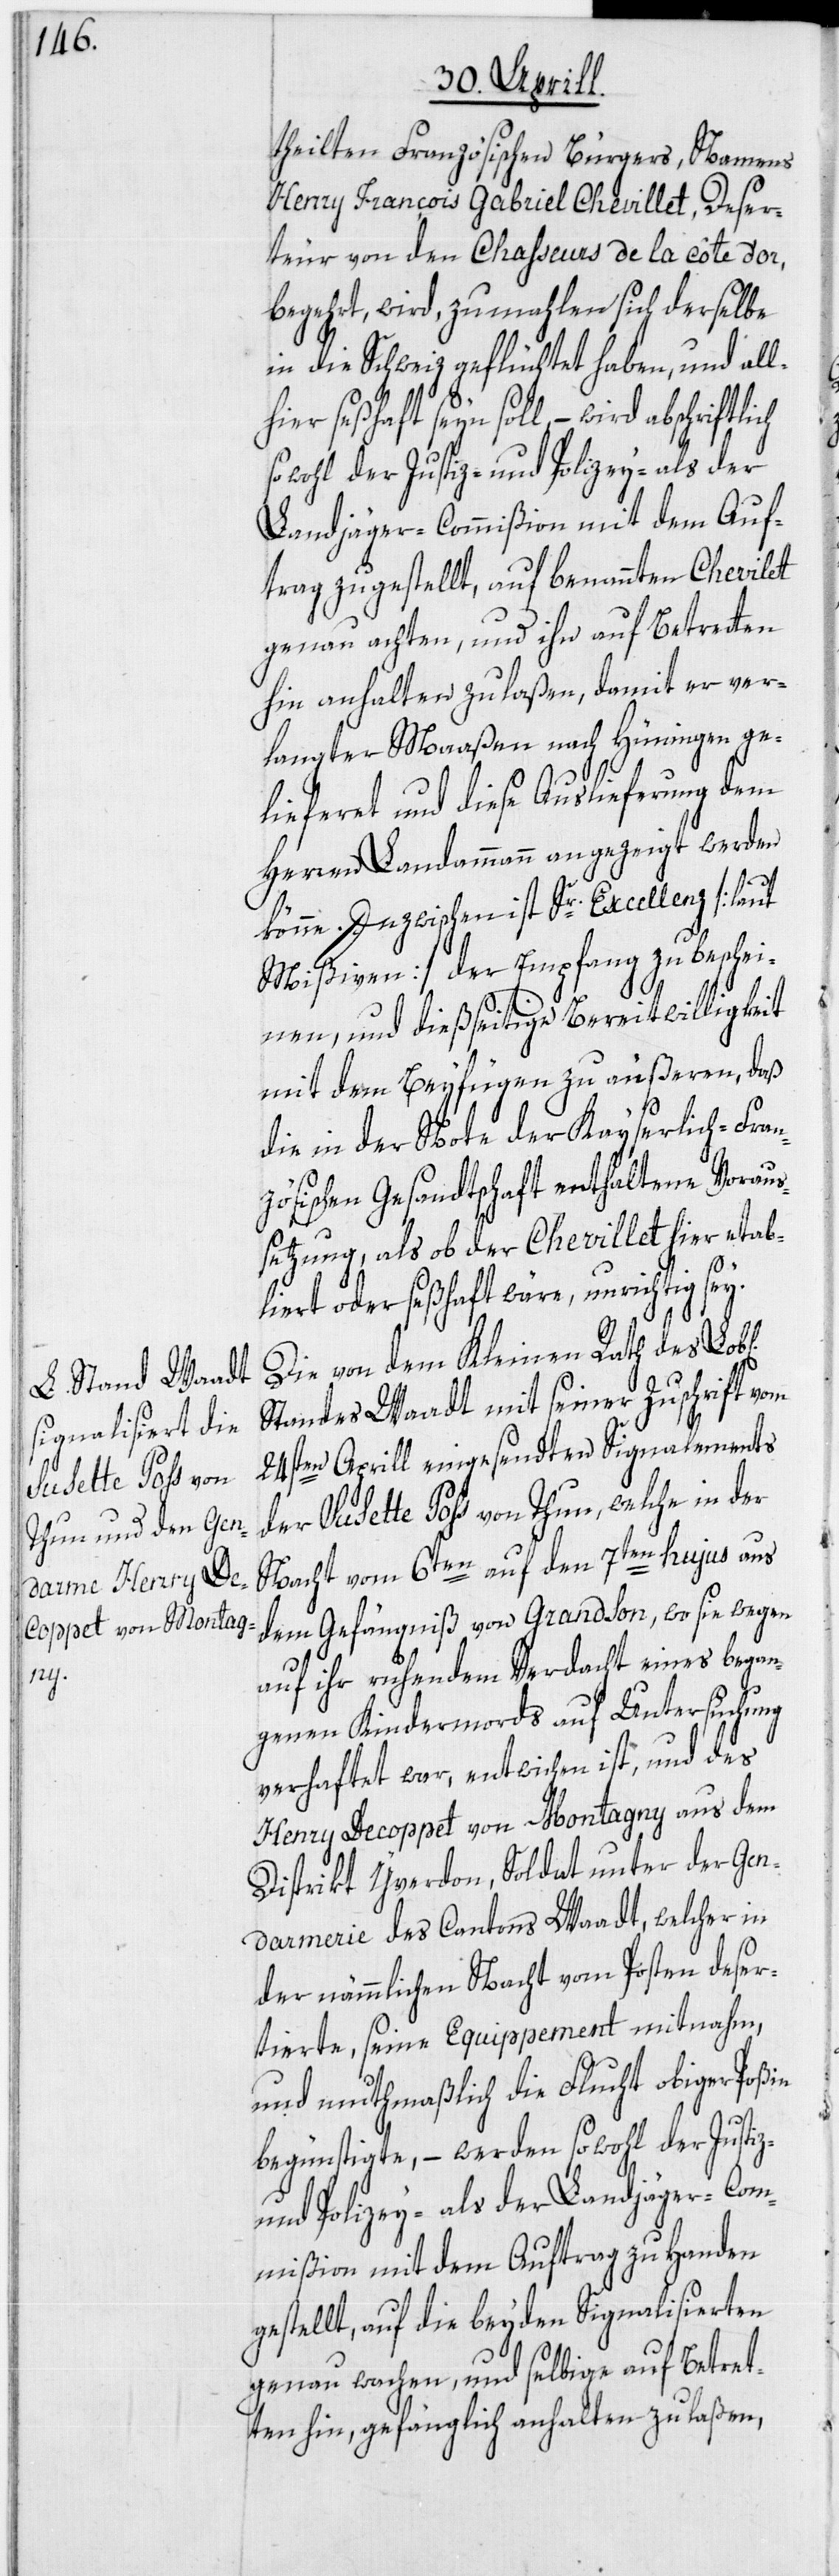
ichen]

theilten Französischen Bürgers, Namens
Henry François Gabriel Chevillet [s¬
teur von den Chasseurs de la côte d’or,
begehrt, wird, zumahlen sich derselbe
in die Schweiz geflüchtet haben, und all¬
hier seßhaft seyn soll, – wird abschriftli¬
so wohl der Justiz- und Polizey- als der
Landjäger-Commißion mit dem Auf¬
trag zugestellt, auf benannten Chevilet
genau achten, und ihn auf Betretten
hin anhalten zu laßen, damit er ver¬
langter Maaßen nach Hüningen ge¬
lieferet und diese Auslieferung dem
Herren Landammann angezeigt werden
ch
könne. Inzwischen ist Sr. Excellenz [laut
Mißiven] der Empfang zu beschei¬
nen, und dießseitige Bereitwilligkeit
mit dem Beyfügen zu äußeren, daß
die in der Note der Kayserlich-Fran¬
zösischen Gesandtschaft enthaltene Voraus¬
setzung, als ob der Chevillet hier etab¬
liert oder seßhaft wäre, unrichtig sey.
Die von dem Kleinen Rath des Lob[l¬
Standes Waadt mit seiner Zuschrift vom
24sten Aprill eingesendten Signalements
der Susette Poss von Thun, welche in der
Nacht vom 6ten auf den 7ten hujus aus
dem Gefängniß von Grandson, wo sie wegen
auf ihr ruhendem Verdacht eines began¬
genen Kindermords auf Untersuchung
verhaftet war, entwichen ist, und des
Henry Decoppet von Montagny aus dem
Distrikt Yverdon, Soldat unter der Gen¬
darmerie des Cantons Waadt, welcher in
der nämmlichen Nacht vom Posten deser¬
tierte, seine Equippement mitnahm,
und muthmaßlich die Flucht obiger Poßin
begünstigte, – werden sowohl der Justiz-
und Polizey- als der Landjäger-Com¬
mißion mit dem Auftrag zu Handen
gestellt, auf die beyden Signalisierten
genau wachen, und selbige auf Betret¬
ten hin, gefänglich anhalten zu laßen,